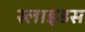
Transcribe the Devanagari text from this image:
स्‍लाइडस